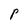
Character: P